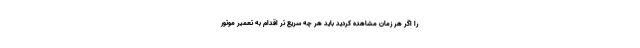
را اگر هر زمان مشاهده کردید باید هر چه سریع تر اقدام به تعمیر موتور